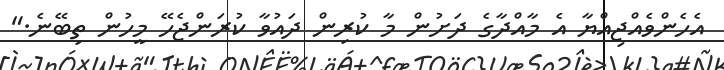
އެހެންވެއްޖިއްޔާ އެ މާއްދާގެ ދަށުން މާ ކުރިން ދައުވާ ކުރަންޖެހޭ މީހުން ތިބޭނެ."